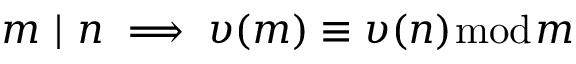
m \ | \ n \implies \upsilon ( m ) \equiv \upsilon ( n ) { \bmod { m } }